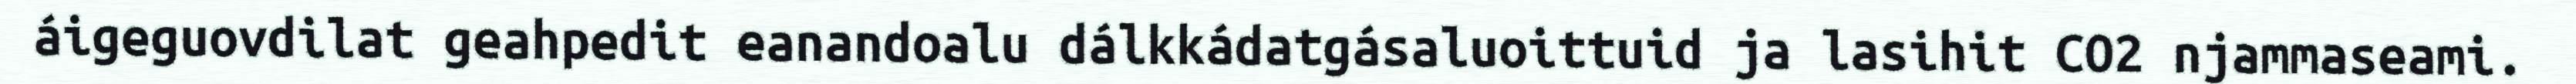
áigeguovdilat geahpedit eanandoalu dálkkádatgásaluoittuid ja lasihit CO2 njammaseami.